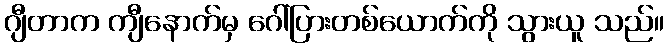
ဂျီတာက ကျီနောက်မှ ဂေါ်ပြားတစ်ယောက်ကို သွားယူ သည်။